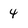
Character: 4